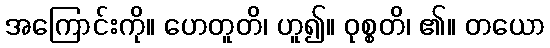
အကြောင်းကို။ ဟေတူတိ၊ ဟူ၍။ ဝုစ္စတိ၊ ၏။ တယော